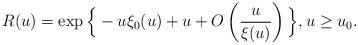
LaTeX: \begin{align*}R(u)= \exp\Big\{-u\xi_0(u)+u +O\left(\frac{u}{\xi(u)}\right)\Big\}, u\geq u_0.\end{align*}